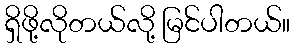
ရှိဖို့လိုတယ်လို့ မြင်ပါတယ်။